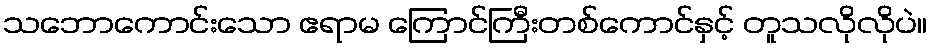
သဘောကောင်းသော ဧရာမ ကြောင်ကြီးတစ်ကောင်နှင့် တူသလိုလိုပဲ။